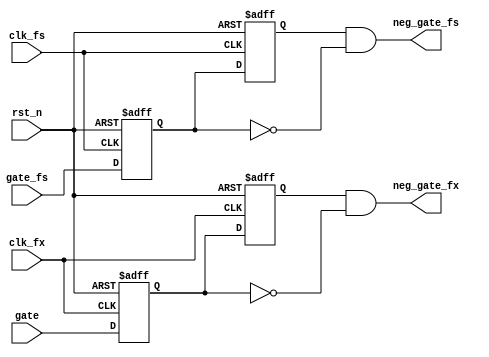
//pexggate
module pexg
(
	input    clk_fs,     // 
	input    rst_n,  		// 
 
	input    clk_fx, 		//
			
	input 	gate,
	input 	gate_fs,  
	output   neg_gate_fs,
	output   neg_gate_fx
);
reg                gate_fs_d0  ;           // gate
reg                gate_fs_d1  ;           // 
reg                gate_fx_d0  ;           // gate
reg                gate_fx_d1  ;           // 		  
//wire define
 
//
assign neg_gate_fs = gate_fs_d1 & (~gate_fs_d0);
assign neg_gate_fx = gate_fx_d1 & (~gate_fx_d0);
 
 
//
always @(posedge clk_fx or negedge rst_n) begin
    if(!rst_n) begin
        gate_fx_d0 <= 1'b0;
        gate_fx_d1 <= 1'b0;
    end
    else begin
        gate_fx_d0 <= gate;
        gate_fx_d1 <= gate_fx_d0;
    end
end
 
//
always @(posedge clk_fs or negedge rst_n) begin
    if(!rst_n) begin
        gate_fs_d0 <= 1'b0;
        gate_fs_d1 <= 1'b0;
    end
    else begin
        gate_fs_d0 <= gate_fs;
        gate_fs_d1 <= gate_fs_d0;
    end
end
endmodule